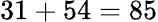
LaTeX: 31+54=85